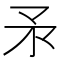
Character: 𰦍